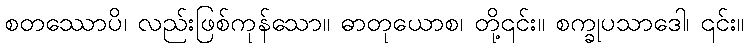
စတဿောပိ၊ လည်းဖြစ်ကုန်သော။ ဓာတုယောစ၊ တို့၎င်း။ စက္ခုပသာဒေါ၊ ၎င်း။